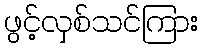
ဖွင့်လှစ်သင်ကြား